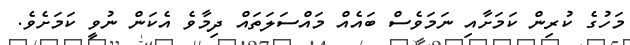
މަހުގެ ކުރިން ކަމަށާއި ނަމަވެސް ބައެއް މައްސަލަތައް ދިމާވެ އެކަން ނުވީ ކަމަށެވެ.